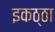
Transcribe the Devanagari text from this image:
इकठ्‌ठा